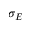
\sigma _ { E }